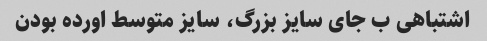
اشتباهی ب جای سایز بزرگ، سایز متوسط اورده بودن